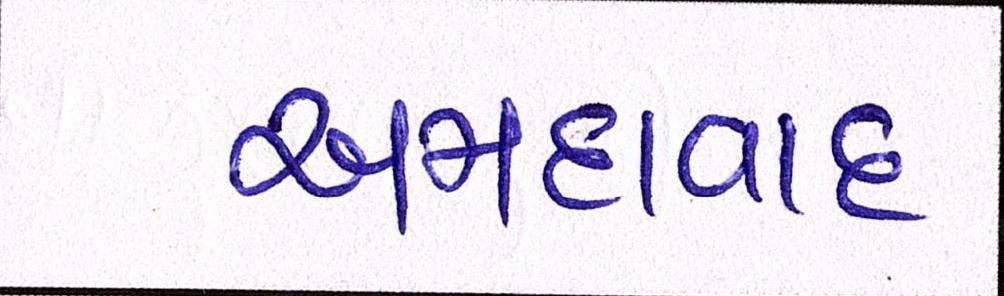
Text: અમદાવાદઃ